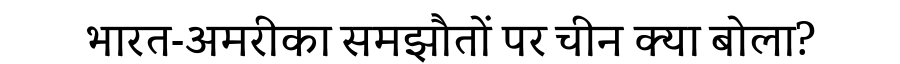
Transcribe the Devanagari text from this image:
भारत-अमरीका समझौतों पर चीन क्या बोला?